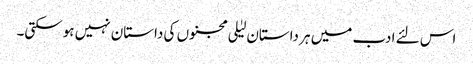
اس لئے ادب میں ہر داستان لیٰلی مجنوں کی داستان نہیں ہوسکتی۔